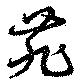
苑